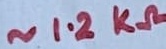
Text: ~1.2KΩ